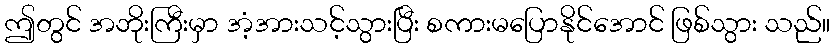
ဤတွင် အဘိုးကြီးမှာ အံ့အားသင့်သွားပြီး စကားမပြောနိုင်အောင် ဖြစ်သွား သည်။